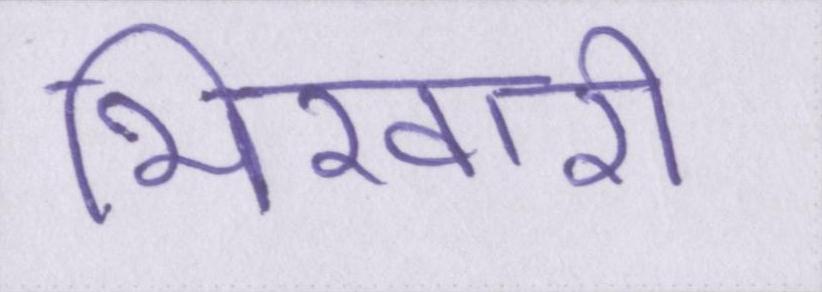
भिखारी